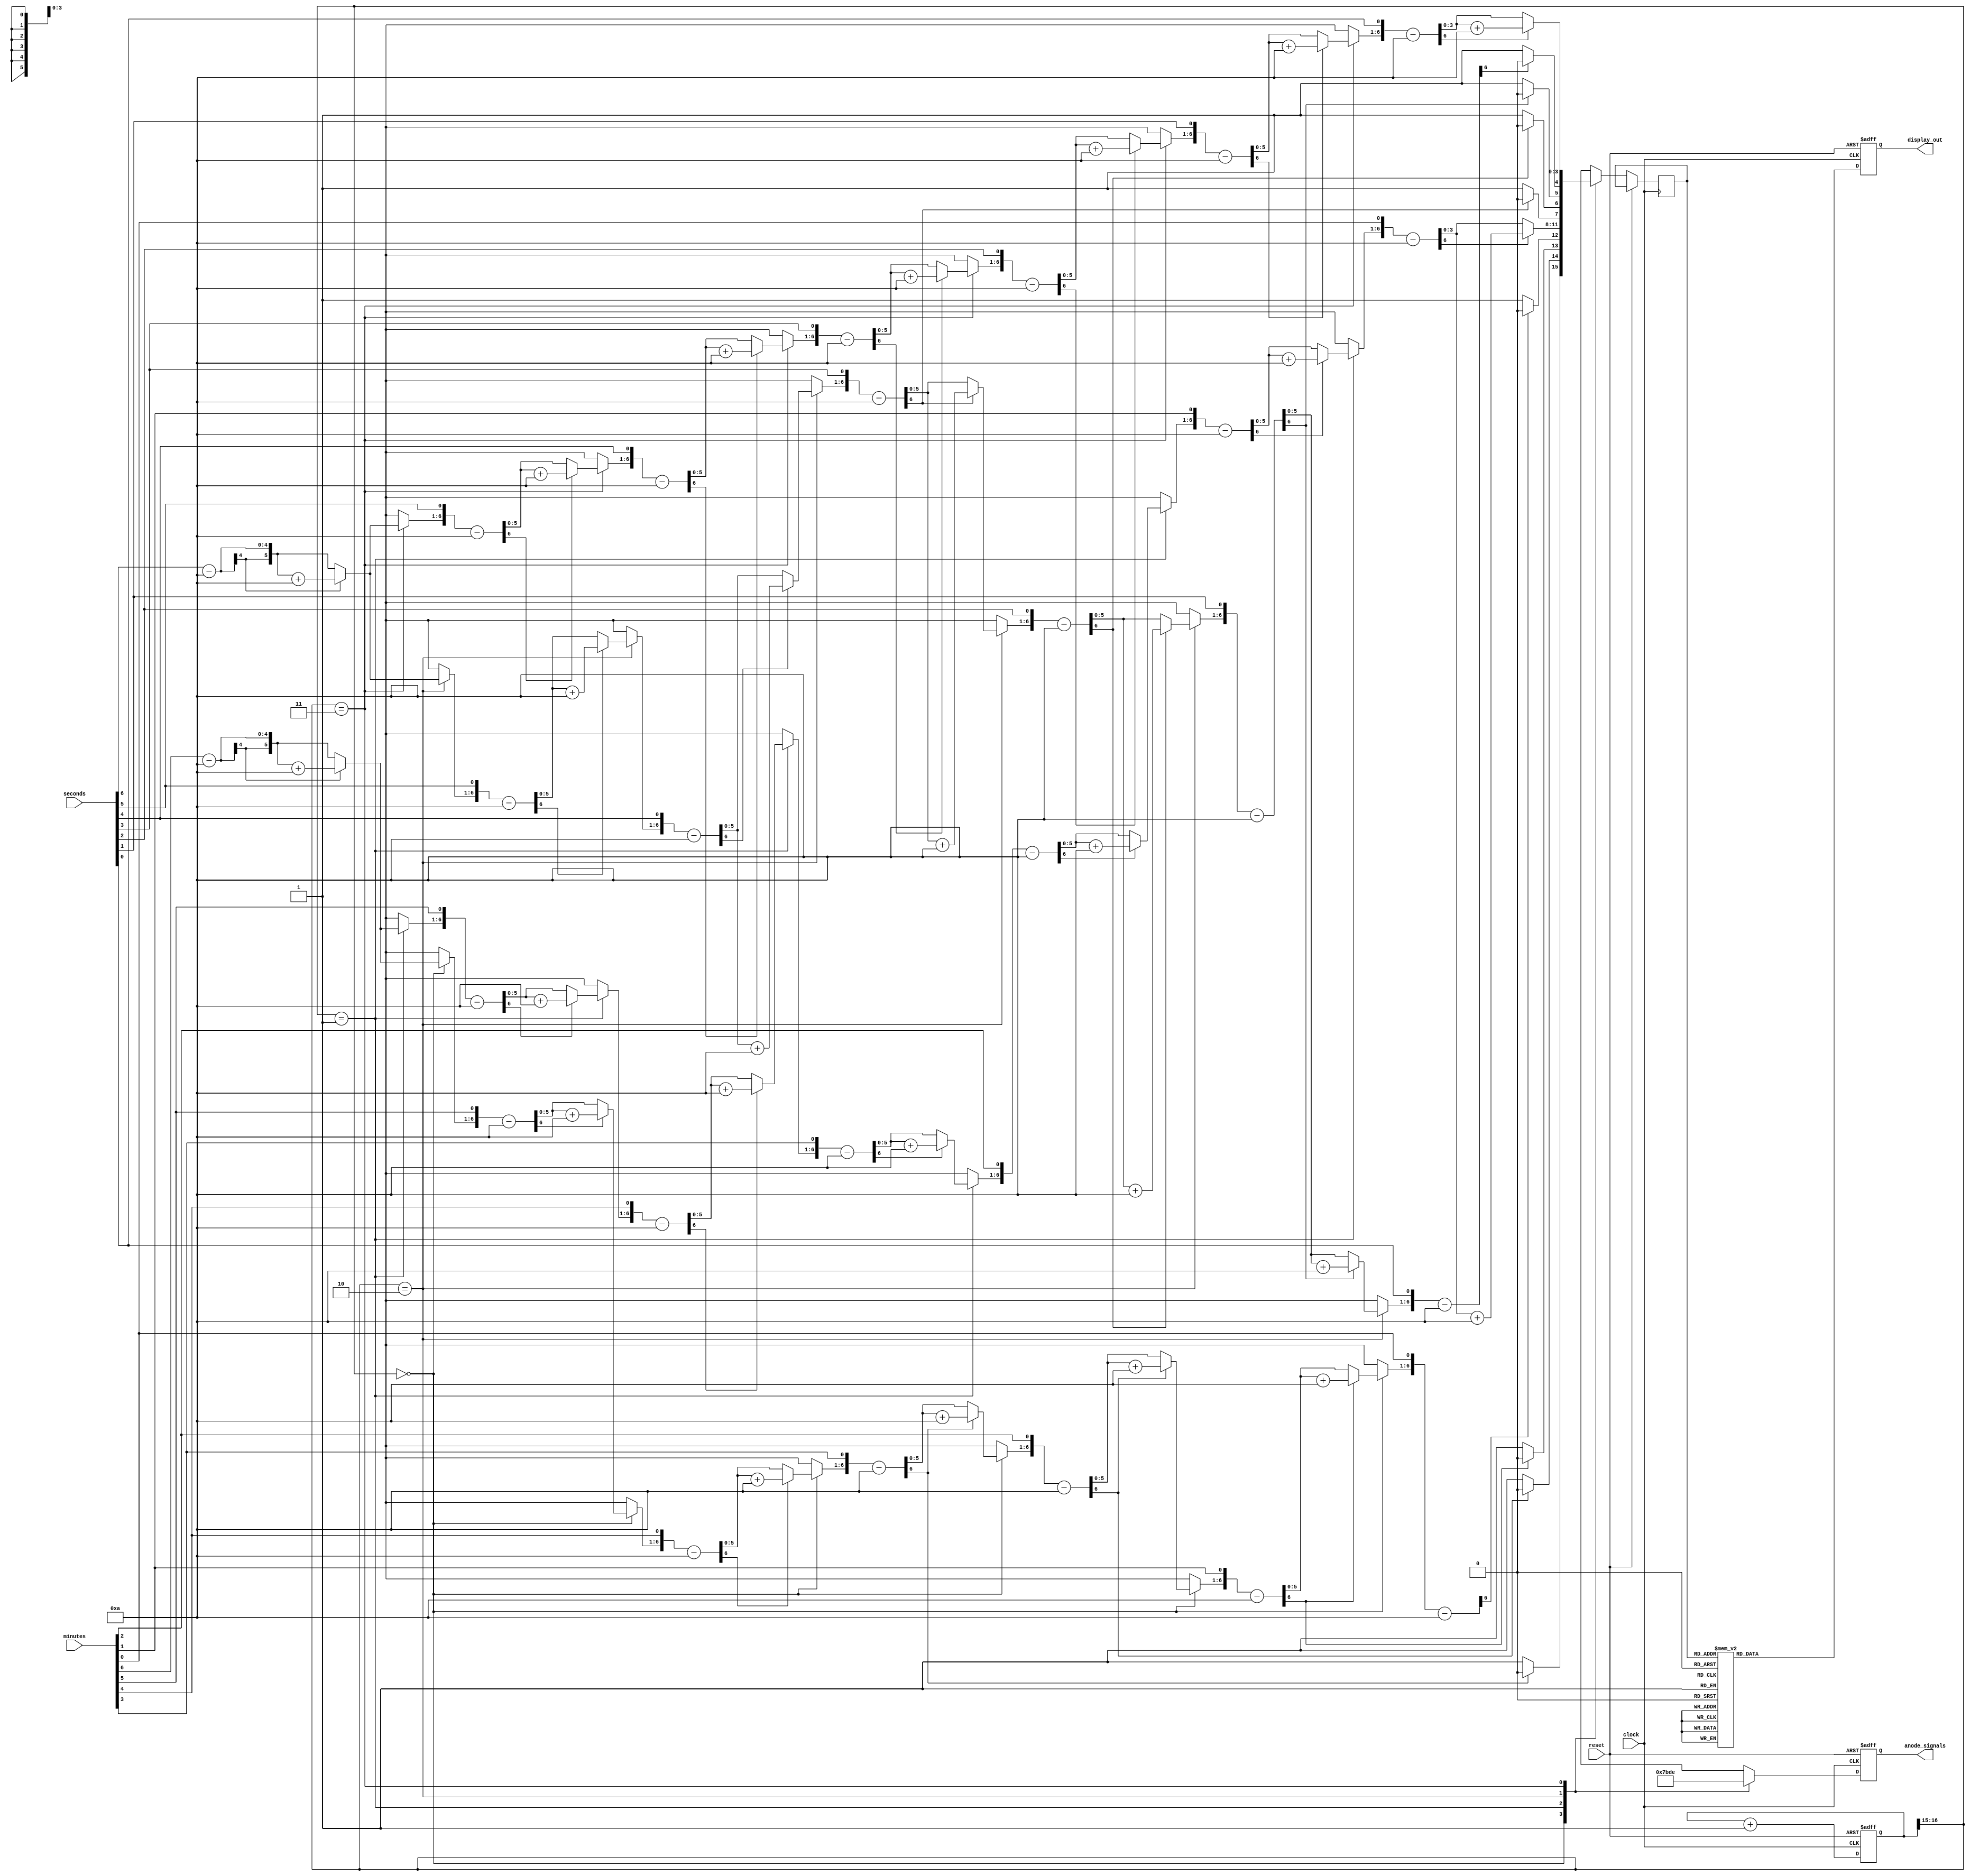
`timescale 1ns / 1ps
//////////////////////////////////////////////////////////////////////////////////
// Company: 
// Engineer: 
// 
// Design Name: 
// Module Name:    seven_segment_driver 
// Project Name: 
// Target Devices: 
// Tool versions: 
// Description: 
//
// Dependencies: 
//
// Revision: 
// Revision 0.01 - File Created
// Additional Comments: 
// Based on code from https://www.fpga4student.com/2017/09/seven-segment-led-display-controller-basys3-fpga.html
//////////////////////////////////////////////////////////////////////////////////
module seven_segment_driver(
    input clock,
    input reset,
    input [6:0] minutes,
    input [6:0] seconds,
    output reg [3:0] anode_signals,
    output reg [6:0] display_out
);


	// Verilog function to divide 2 numbers in a synthesizable way
	// Inspired by https://verilogcodes.blogspot.com/2015/11/synthesisable-verilog-code-for-division.html
		
	//the size of input and output ports of the division module is generic
	parameter WIDTH = 7;
	function [WIDTH-1:0] divide(input [WIDTH-1:0] A, input [WIDTH-1:0] B);
		//internal variables
		reg [WIDTH-1:0] a1,b1;
		reg [WIDTH:0] p1;
		integer i;
			
		begin
			//initialize the variables.
			a1 = A;
			b1 = B;
			p1= 0;
			
			for(i = 0; i < WIDTH; i = i + 1) begin //start the for loop
				p1 = {p1[WIDTH-2:0], a1[WIDTH-1]};
				a1[WIDTH-1:1] = a1[WIDTH-2:0];
				p1 = p1-b1;
				
				if(p1[WIDTH-1] == 1) begin
					a1[0] = 0;
					p1 = p1 + b1;
				end else
					a1[0] = 1;
			end
				
			divide = a1;   
		end
	endfunction
	
	// Verilog function to find the modulus of 2 numbers in a synthesizable way
	// Inspired by https://verilogcodes.blogspot.com/2015/11/synthesisable-verilog-code-for-division.html
		
	//the size of input and output ports of the modulus module is generic
	function [WIDTH-1:0] modulus(input [WIDTH-1:0] A, input [WIDTH-1:0] B);
		//internal variables
		reg [WIDTH-1:0] a1,b1;
		reg [WIDTH:0] p1;
		integer i;
			
		begin
			//initialize the variables.
			a1 = A;
			b1 = B;
			p1= 0; // stores 
			
			for(i = 0; i < WIDTH; i = i + 1) begin //start the for loop
				p1 = {p1[WIDTH-2:0], a1[WIDTH-1]};
				a1[WIDTH-1:1] = a1[WIDTH-2:0];
				p1 = p1-b1;
				
				if(p1[WIDTH-1] == 1) begin
					a1[0] = 0;
					p1 = p1 + b1;
				end else
					a1[0] = 1;
			end
				
			modulus = p1;   
		end
	endfunction


    reg [3:0] LED_BCD; // Binary signal which indicates which cathodes to toggle to enable LEDs on display

	/*
    `ifdef SIM_STOPWATCH
        // 4 bit counter to create faster refresh rate for simulation of full design
        reg [3:0] refresh_counter;

        wire [1:0] LED_activating_counter;

        always @(posedge clock or posedge reset)
        begin 
            if (reset == 1) begin
                refresh_counter <= 0;
                anode_signals <= 0;
                display_out <= 0;
            end else
                refresh_counter <= refresh_counter + 1;
        end
        
        assign LED_activating_counter = refresh_counter[3:2]; 
    `else
        // 17-bit for creating 380Hz refresh rate (I think)
        reg [16:0] refresh_counter; // the first 2 MSB bits for creating 4 LED-activating signals with 2.6ms digit period
        
        wire [1:0] LED_activating_counter;

        // Generate clock signal from 50Mhz board clock for creating the 2.6ms digit period (refresh rate for the display)
        always @(posedge clock or posedge reset)
        begin 
            if (reset == 1) begin
                refresh_counter <= 0;
                anode_signals <= 0;
                display_out <= 0;
            end else
                refresh_counter <= refresh_counter + 1;
        end
        
        assign LED_activating_counter = refresh_counter[16:15];
    `endif
	*/
	
	// 17-bit for creating 380Hz refresh rate (I think)
    reg [16:0] refresh_counter; // the first 2 MSB bits for creating 4 LED-activating signals with 2.6ms digit period
        
    wire [1:0] LED_activating_counter;

    // Generate clock signal from 50Mhz board clock for creating the 2.6ms digit period (refresh rate for the display)
    always @(posedge clock or posedge reset)
	begin 
		if (reset == 1) begin
            refresh_counter <= 0;
        end else
            refresh_counter <= refresh_counter + 1;
    end
        
    assign LED_activating_counter = refresh_counter[16:15];

    // anode activating signals for 4 LEDs, digit period of 2.6ms
    // decoder to generate anode signals 
    always @(posedge clock or posedge reset)
    begin
		if (reset == 1) begin // Note: you can only drive signals inside one process block
			anode_signals <= 0;
		end
		else begin
			case(LED_activating_counter)
				2'b00: 
					begin
						// Display the first digit of the minutes number
						// activate LED1 and Deactivate LED2, LED3, LED4
						anode_signals <= 4'b0111; 
						LED_BCD <= divide(minutes, 10);
					end
				2'b01:
					begin
						// Display the second digit of the minutes number
						// activate LED2 and Deactivate LED1, LED3, LED4
						anode_signals <= 4'b1011;
						LED_BCD <= modulus(minutes, 10);
					end
				2'b10:
					begin
						// Display the first digit of the seconds number
						// activate LED3 and Deactivate LED2, LED1, LED4
						anode_signals <= 4'b1101;
						LED_BCD <= divide(seconds, 10);
					end
				2'b11: 
					begin
						// Display the second digit of the seconds number
						// activate LED4 and Deactivate LED2, LED3, LED1
						anode_signals <= 4'b1110;
						LED_BCD <= modulus(seconds, 10);
					end
			endcase
		end
    end
    
    // Cathode patterns of the 7-segment LED display 
    always @(posedge clock or posedge reset)
    begin
		if (reset == 1) begin // Note: you can only drive signals inside one process block
			display_out <= 0;
		end
		else begin
			case(LED_BCD)
				4'b0000: display_out <= 7'b0000001; // "0"
				4'b0001: display_out <= 7'b1001111; // "1" 
				4'b0010: display_out <= 7'b0010010; // "2" 
				4'b0011: display_out <= 7'b0000110; // "3" 
				4'b0100: display_out <= 7'b1001100; // "4" 
				4'b0101: display_out <= 7'b0100100; // "5" 
				4'b0110: display_out <= 7'b0100000; // "6" 
				4'b0111: display_out <= 7'b0001111; // "7" 
				4'b1000: display_out <= 7'b0000000; // "8"     
				4'b1001: display_out <= 7'b0000100; // "9" 
				default: display_out <= 7'b0000000; // "0"
			endcase
		end
    end

endmodule